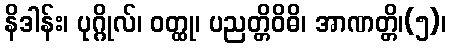
နိဒါန်း၊ ပုဂ္ဂိုလ်၊ ဝတ္ထု၊ ပညတ္တိဝိဓိ၊ အာဏတ္တိ၊(၅)၊